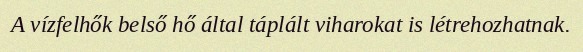
A vízfelhők belső hő által táplált viharokat is létrehozhatnak.